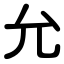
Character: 允